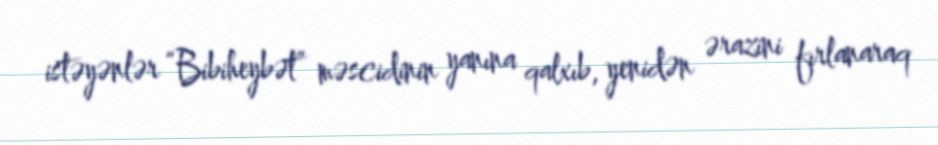
istəyənlər “Bibiheybət” məscidinin yanına qalxıb, yenidən ərazini fırlanaraq